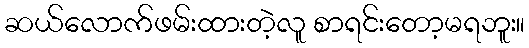
ဆယ်လောက်ဖမ်းထားတဲ့လူ စာရင်းတော့မရဘူး။